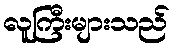
လူကြီးများသည်